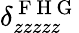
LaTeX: \delta_{zzzzz}^{\mathrm{~F~H~G~}}